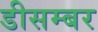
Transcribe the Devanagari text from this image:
डीसम्बर